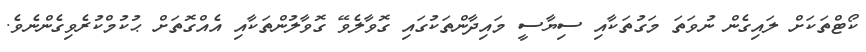
ކޯޓްތަކަށް ލައިގެން ނުވަތަ މަގުތަކާއި ސިޔާސީ މައިދާންތަކުގައި ގޮވާލެވޭ ގޮވާލުންތަކާއި އެއްގޮތަށް ޙުކުމްކުރެވިގެންނެވެ.